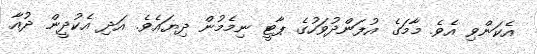
އެކަންވި އެވެ. މާމަގެ އުފަންދުވަހުގެ ޕާޓީ ނިމެމުން ދިޔައެވެ. އަދި އެކުދީން ދުއާ